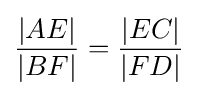
{\frac {|AE|}{|BF|}}={\frac {|EC|}{|FD|}}